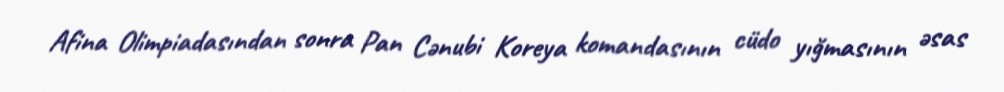
Afina Olimpiadasından sonra Pan Cənubi Koreya komandasının cüdo yığmasının əsas